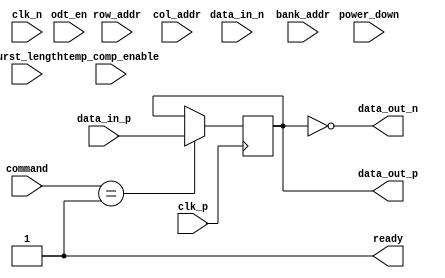
module LPDDR5_IO_Block (
    input wire clk_p,           // Differential clock positive
    input wire clk_n,           // Differential clock negative
    input wire [31:0] data_in_p, // Differential data input positive
    input wire [31:0] data_in_n, // Differential data input negative
    output wire [31:0] data_out_p, // Differential data output positive
    output wire [31:0] data_out_n, // Differential data output negative
    input wire [1:0] command,    // Command input (00: Read, 01: Write, 10: Refresh)
    input wire [3:0] bank_addr,   // Bank address
    input wire [15:0] row_addr,    // Row address
    input wire [15:0] col_addr,    // Column address
    input wire odt_en,             // On-die termination enable
    input wire [1:0] burst_length,  // Burst length
    input wire power_down,         // Power down mode
    input wire temp_comp_enable,   // Temperature compensation enable
    output wire ready               // Ready signal
);

// Internal signals
wire [31:0] data_out;
wire odt; // On-die termination signal
wire clk; // Clock signal
reg [7:0] mode_reg; // Mode register
reg [31:0] data_mask; // Data mask for partial writes
reg [31:0] data_buffer; // Buffer for data handling
reg [1:0] current_state; // Current state for FSM

// Clock Interface
assign clk = clk_p; // Use clk_p for clock signal

// Data Interface
assign data_out_p = data_buffer; // Sending buffered data out
assign data_out_n = ~data_buffer; // Inverted data for differential signaling

// On-Die Termination
assign odt = odt_en ? 1'b1 : 1'b0; // Enable ODT if requested

// Command Interface
always @(posedge clk) begin
    case (command)
        2'b00: begin
            // Read operation
            // Implement read logic
        end
        2'b01: begin
            // Write operation
            // Implement write logic
            data_buffer <= data_in_p; // Example write operation
        end
        2'b10: begin
            // Refresh operation
            // Implement refresh logic
        end
        default: begin
            // Default case
        end
    endcase
end

// Power Management
always @(posedge clk) begin
    if (power_down) begin
        // Implement power down logic
    end else begin
        // Normal operation
    end
end

// Burst Modes
always @(posedge clk) begin
    // Implement burst handling based on burst_length
end

// Configuration Options
always @(posedge clk) begin
    // Handle mode register settings
end

// Error Correction (optional)
// Implement error correction logic if required

// Built-in Self-Test (BIST) (optional)
// Implement BIST logic if required

// Signal Integrity Enhancements (optional)
// Implement pre-emphasis, de-emphasis, equalization logic if required

// Temperature Compensation (optional)
always @(posedge clk) begin
    if (temp_comp_enable) begin
        // Implement temperature compensation logic
    end
end

assign ready = 1'b1; // Indicate readiness (can be improved)

// Additional logic can be added here for other functionalities

endmodule